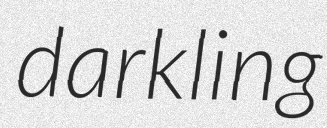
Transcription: darkling